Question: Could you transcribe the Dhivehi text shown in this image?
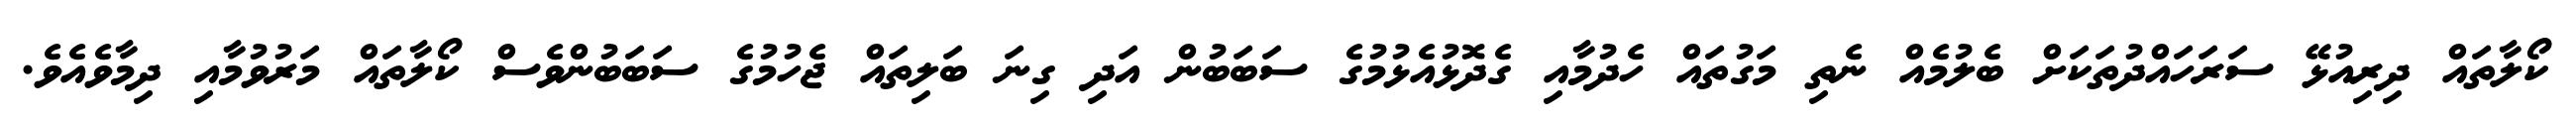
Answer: ކޯލާތައް ދިރިއުޅޭ ސަރަހައްދުތަކަށް ބެލުމެއް ނެތި މަގުތައް ހެދުމާއި ގެދޮޅުއެޅުމުގެ ސަބަބުން އަދި ގިނަ ބަލިތައް ޖެހުމުގެ ސަބަބުންވެސް ކޯލާތައް މަރުވުމާއި ދިމާވެއެވެ.